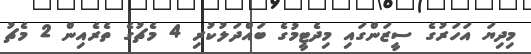
މިިދިޔަ އަހަރުގެ ސީޒަންގައި މިދެޓީމުގެ ބައްދަލުކުރި 4 މެޗުގެ ތެރެއިން 2 މެޗު